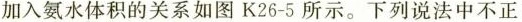
加入氨水体积的关系如图K26-5所示。下列说法中不正